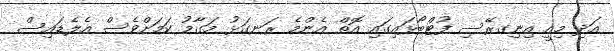
އަދި މިއީ އިނިގރޭސި ފުޓްބޯޅައިގައި އޮތް އެންމެ ރަނގަޅު މަގާމު ކަމަށްވެސް އެލެޑައިސް